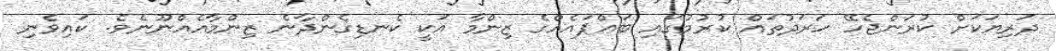
ދަރިޔަކަށް ކުރަންޖެހޭ ހަރަދުތައް ކުރުމުގައި ބައްޕައެއްގެ ޒިންމާ އަކީ ކެނޑިގެންދާނެ ޒިންމާއެއްނޫނެވެ. ކައިވެނި